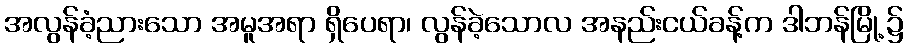
အလွန်ခံ့ညားသော အမူအရာ ရှိပေရာ၊ လွန်ခဲ့သောလ အနည်းငယ်ခန့်က ဒါဘန်မြို့၌